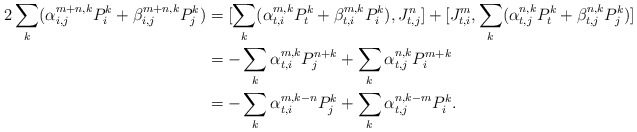
\begin{align*} 2\sum_k(\alpha_{i,j}^{m+n,k}P_i^{k}+\beta_{i,j}^{m+n,k}P_j^{k})&=[\sum_k(\alpha_{t,i}^{m,k}P_t^{k}+\beta_{t,i}^{m,k}P_i^{k}), J_{t,j}^{n}]+[J_{t,i}^{m},\sum_k(\alpha_{t,j}^{n,k}P_t^{k}+\beta_{t,j}^{n,k}P_j^{k})]&\\&=-\sum_k\alpha_{t,i}^{m,k}P_j^{n+k}+\sum_k\alpha_{t,j}^{n,k}P_i^{m+k}&\\&=-\sum_k\alpha_{t,i}^{m,k-n}P_j^{k}+\sum_k\alpha_{t,j}^{n,k-m}P_i^{k}.&\end{align*}